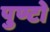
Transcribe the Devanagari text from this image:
पुण्टो